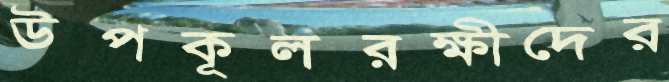
উপকূলরক্ষীদের